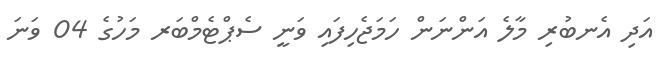
އަދި އެނބުރި މާލެ އަންނަން ހަމަޖެހިފައި ވަނީ ސެޕްޓެމްބަރ މަހުގެ 04 ވަނަ